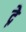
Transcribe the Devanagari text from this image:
द्ने